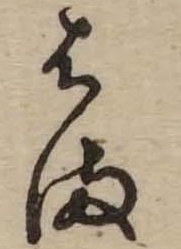
はま